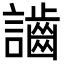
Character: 𪘙